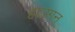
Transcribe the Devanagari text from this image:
हाउगन